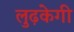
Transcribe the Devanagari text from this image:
लुढ़केगी